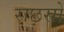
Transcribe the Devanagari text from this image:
राछसों